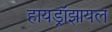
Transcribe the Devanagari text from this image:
हायड्रॉझायल